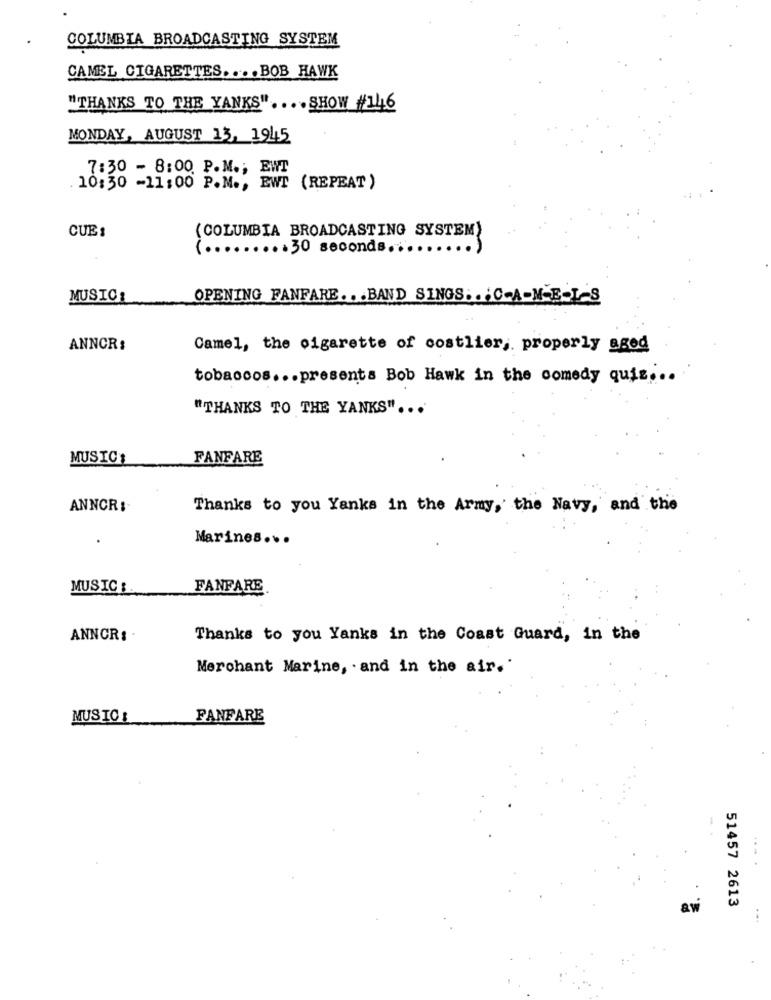
COLUMBIA BROADCASTING SYSTEM
CAMEL CIGARETTES .... BOB HAWK
"THANKS TO THE YANKS" .... SHOW #1416
MONDAY, AUGUST 13, 1945
7:30 - 8:00 P.M .; EWT
.10:30 -11:00 P.M ., EWT (REPEAT)
CUE :
(COLUMBIA BROADCASTING SYSTEM)
( ......... 30 seconds ...
MUSIC:
OPENING FANFARE .. . BAND SINGS. . ; C-A-M-E-L-S
ANNCR:
Camel, the cigarette of costlier, properly aged
tobaccos ... presents Bob Hawk in the comedy quis ...
"THANKS TO THE YANKS" ...
MUSIC:
FANFARE
ANNCR :-
Thanks to you Yanks in the Army,' the Navy, and the
Marines ...
MUSIC :.
FANFARE
ANNCR: .
Thanks to you Yanks in the Coast Guard, in the
Merchant Marine, . and in the air."
MUSIC :
FANFARE
51457 2613